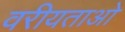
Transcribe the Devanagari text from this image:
वरीयताओ